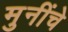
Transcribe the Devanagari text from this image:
मुनींचे